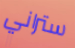
ستراني